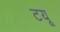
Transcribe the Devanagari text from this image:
टयू